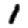
Digit: 1